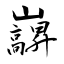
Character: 巐